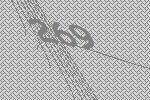
269